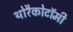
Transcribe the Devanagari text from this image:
थोरैकोटॉमी